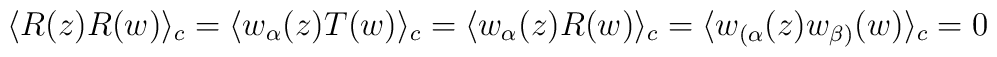
\langle R(z) R(w)\rangle_c=\langle w_{\alpha}(z) T(w)\rangle_c=\langle w_{\alpha}(z) R(w)\rangle_c=\langle w_{(\alpha}(z) w_{\beta)}(w)\rangle_c=0